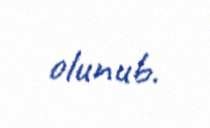
olunub.